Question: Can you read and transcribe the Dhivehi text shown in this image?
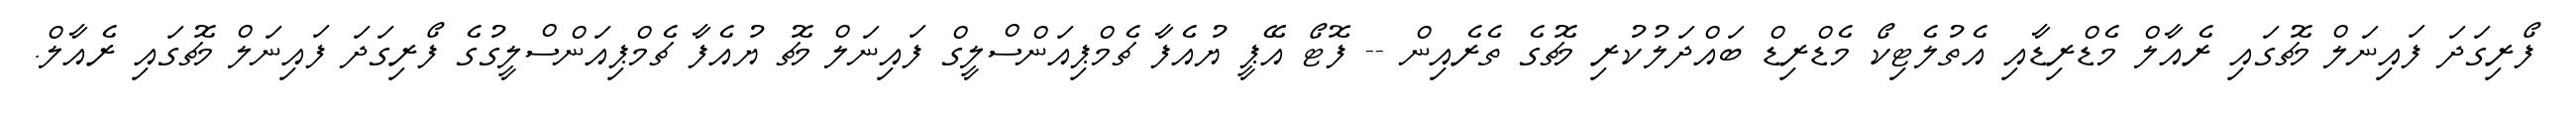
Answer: ފޯރިގަދަ ފައިނަލް މެޗުގައި ރެއާލް މެޑްރިޑާއި އެތުލެޓިކޯ މެޑްރިޑް ބައްދަލުކުރި މެޗުގެ ތެރެއިން -- ފޮޓޯ އޭޕީ ޔުއެފާ ޗެމްޕިއަންސްލީގް ފައިނަލް މެޗު ޔުއެފާ ޗެމްޕިއަންސްލީގުގެ ފޯރިގަދަ ފައިނަލް މެޗުގައި ރެއާލް.